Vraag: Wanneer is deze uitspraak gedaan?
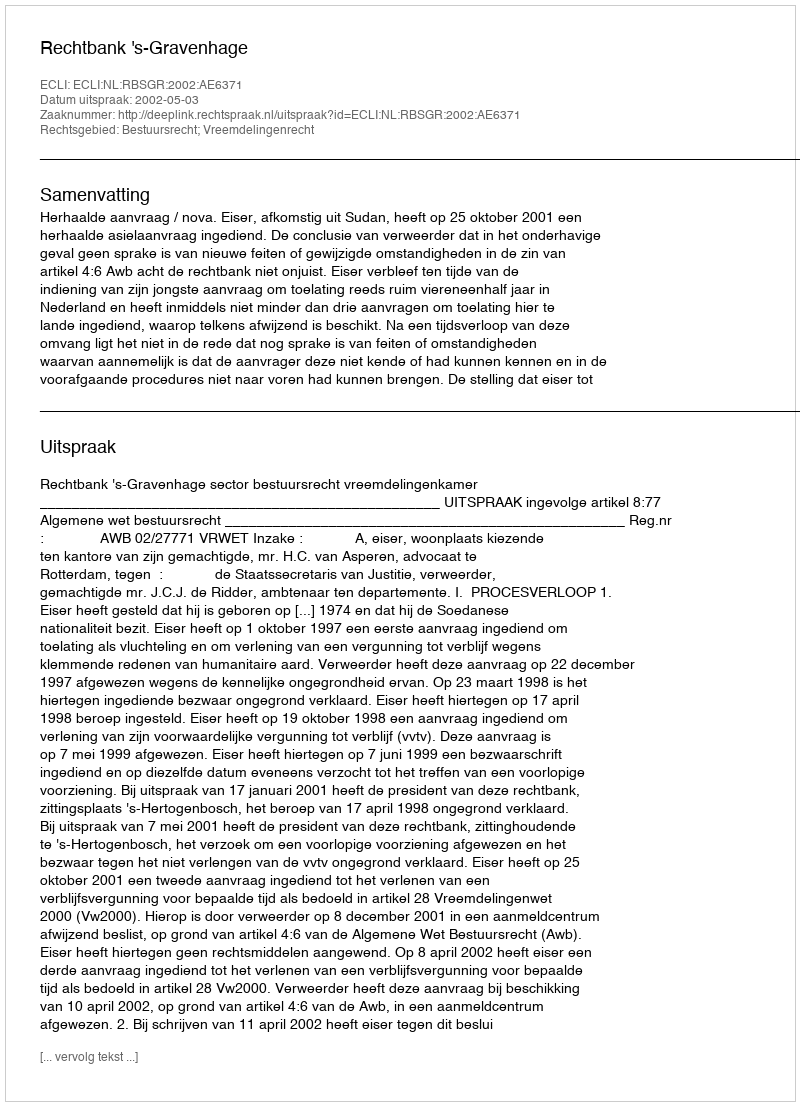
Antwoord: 2002-05-03